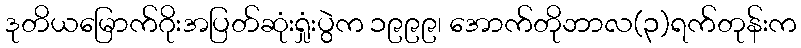
ဒုတိယမြောက်ဂိုးအပြတ်ဆုံးရှုံးပွဲက ၁၉၉၉၊ အောက်တိုဘာလ(၃)ရက်တုန်းက